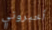
أخبروني